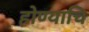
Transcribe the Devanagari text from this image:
होण्याचि